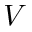
V